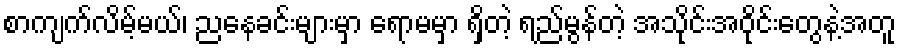
စာကျက်လိမ့်မယ်၊ ညနေခင်းများမှာ ရောမမှာ ရှိတဲ့ ရည်မွန်တဲ့ အသိုင်းအဝိုင်းတွေနဲ့အတူ